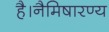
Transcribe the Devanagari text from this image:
है।नैमिषारण्य